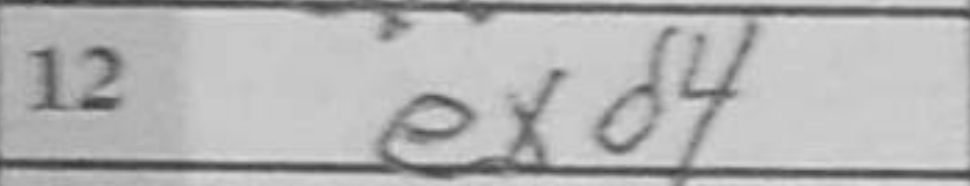
Transcription: exd4